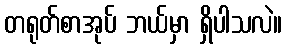
တရုတ်စာအုပ် ဘယ်မှာ ရှိပါသလဲ။